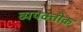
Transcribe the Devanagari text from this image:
व्ययक्तीक